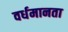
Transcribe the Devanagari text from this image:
वर्धमानता